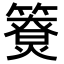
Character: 𥵐